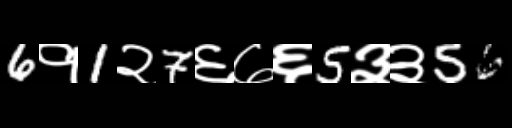
Text: 6१1२7६७६5३३56